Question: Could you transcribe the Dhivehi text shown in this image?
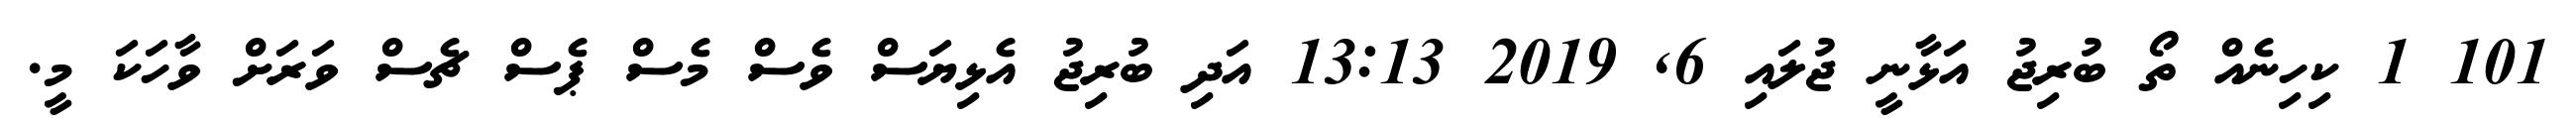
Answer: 101 1 ކިހިނެއް ތޯ ބުރިޖު އަޅާނީ ޖުލައި 6, 2019 13:13 އަދި ބުރިޖު އެޅިޔަސް ވެސް މެސް ޕެސް ޗެސް ވަރަށް ވާހަކަ މީ.